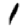
Digit: 1